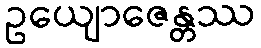
ဥယျောဇေန္တဿ